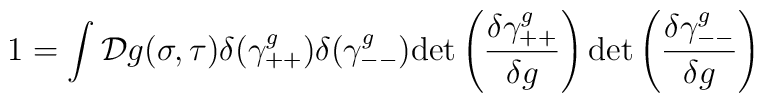
1 = \int {\cal D}g(\sigma,\tau) \delta(\gamma_{++}^g)\delta(\gamma_{--}^g){\rm det}\left(\frac{\delta \gamma_{++}^g}{\delta g}\right){\rm det}\left(\frac{\delta \gamma_{--}^g}{\delta g}\right)